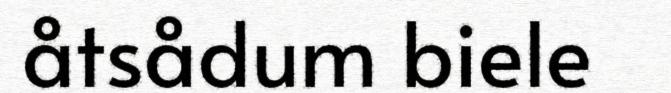
åtsådum biele